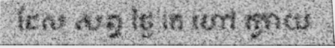
ដែល សព្វ ថ្ងៃ គេ ហៅ ក្លាយ